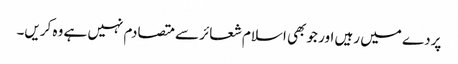
پردے میں رہیں اور جو بھی اسلام شعائر سے متصادم نہیں ہے وہ کریں۔